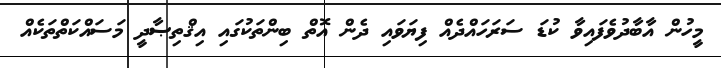
މީހުން އާބާދުވެފައިވާ ކުޑަ ސަރަހައްދެއް ފިޔަވައި ދެން އޮތް ބިންތަކުގައި އިޤްތިޞާދީ މަސައްކަތްތަކެއް